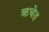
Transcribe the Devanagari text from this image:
ऋचेत